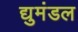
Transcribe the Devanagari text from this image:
द्युमंडल